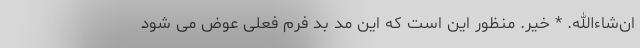
ان‌شاءالله. * خیر. منظور این است که این مُدِ بد فرم فعلی عوض می شود